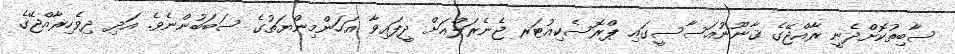
ސާބިތުކޮށްދެނީ ރާއްޖޭގެ ޤާނޫނުއަސާސީގައި ޕްރޮސެކިއުޓަރ ޖެނެރަލްއަށް ދީފައިވާ އަހަންމިންޔަތުގެ ސަބަބުންނެވެ. އަދި ދިވެހިރާއްޖޭގެ